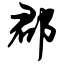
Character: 郡